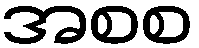
အစစ